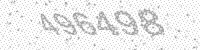
Solution: 496498